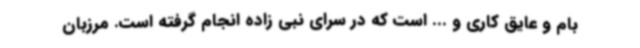
بام و عایق کاری و ... است که در سرای نبی زاده انجام گرفته است. مرزبان